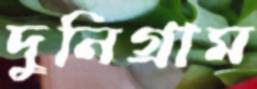
দুনিগ্রাম